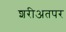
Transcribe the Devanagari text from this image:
शरीअतपर